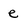
Character: e